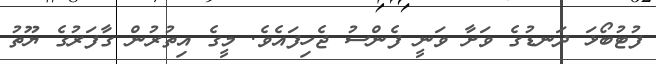
ފުޓުބޯޅަ ދަނޑުގެ ވަށާ ވަނީ ފެންސު ޖެހިފައެވެ. މީގެ އިތުރުން ގާފަރުގެ ޔޫތު